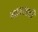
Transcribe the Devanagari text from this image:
गावसाठी